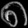
Digit: ၈